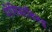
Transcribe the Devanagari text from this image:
पोलिसांविरुद्ध